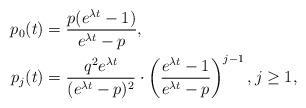
LaTeX: \begin{align*} p_0(t) &= \frac{p(e^{\lambda t}-1)}{e^{\lambda t}-p}, \\ p_j(t) &= \frac{q^2 e^{\lambda t}}{(e^{\lambda t}-p)^2} \cdot \left(\frac{e^{\lambda t}-1}{e^{\lambda t}-p}\right)^{j-1}, j \geq 1,\end{align*}